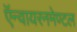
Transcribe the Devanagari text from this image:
ऍन्वायरनमेण्टल